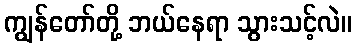
ကျွန်တော်တို့ ဘယ်နေရာ သွားသင့်လဲ။